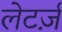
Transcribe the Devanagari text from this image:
लेटर्ज़